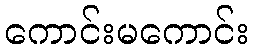
ကောင်းမကောင်း